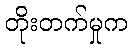
တိုးတက်မှုက